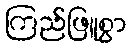
ကြည်ဖြူစွာ